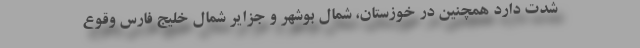
شدت دارد همچنین در خوزستان، شمال بوشهر و جزایر شمال خلیج فارس وقوع